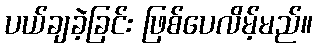
ပယ်ချခဲ့ခြင်း ဖြစ်ပေလိမ့်မည်။